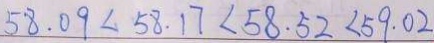
5 8 . 0 9 < 5 8 . 1 7 < 5 8 . 5 2 < 5 9 . 0 2